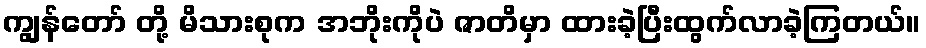
ကျွန်တော် တို့ မိသားစုက အဘိုးကိုပဲ ဇာတိမှာ ထားခဲ့ပြီးထွက်လာခဲ့ကြတယ်။